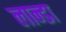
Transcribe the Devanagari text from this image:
लान्डा